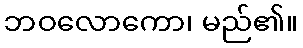
ဘဝလောကော၊ မည်၏။